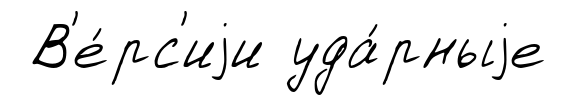
В'е́рс'иjи уда́рныjе